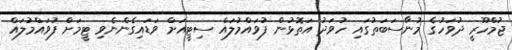
ޖުމްހޫރީ ދުވަހުގެ މުނާސަބަތުގައި ހުވަދު އަތޮޅުން ފުވައްމުލައް ސިޓީއަށް ވަޑައިގެންނެވި ޓީމަށް ފުވައްމުލައް